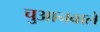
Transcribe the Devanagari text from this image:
चुआनवाले